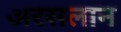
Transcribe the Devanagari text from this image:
अरसलान